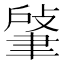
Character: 𦘟